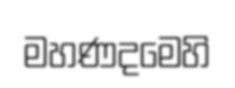
මහණදමෙහි